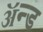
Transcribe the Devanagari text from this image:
ॲन्‍ड